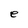
Character: e